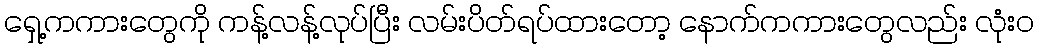
ရှေ့ကကားတွေကို ကန့်လန့်လုပ်ပြီး လမ်းပိတ်ရပ်ထားတော့ နောက်ကကားတွေလည်း လုံးဝ